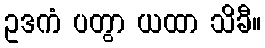
ဥဒကံ ပတွာ ယထာ သိခီ။